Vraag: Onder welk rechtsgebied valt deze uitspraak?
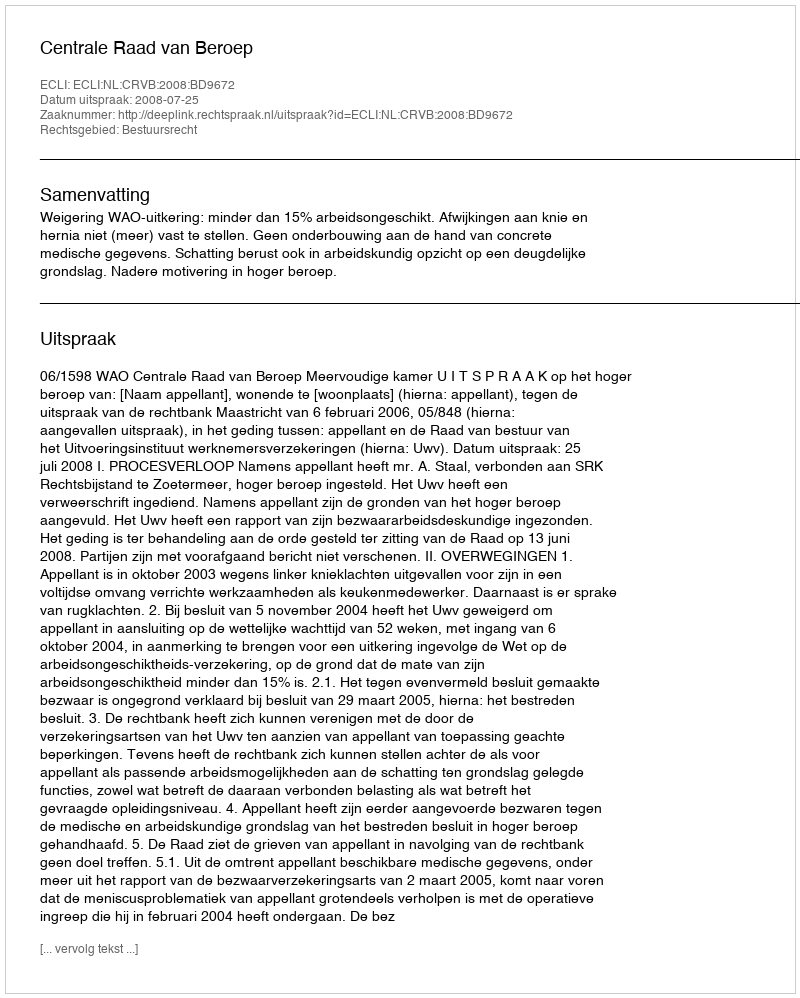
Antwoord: Bestuursrecht